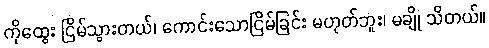
ကိုထွေး ငြိမ်သွားတယ်၊ ကောင်းသောငြိမ်ခြင်း မဟုတ်ဘူး၊ မချို သိတယ်။